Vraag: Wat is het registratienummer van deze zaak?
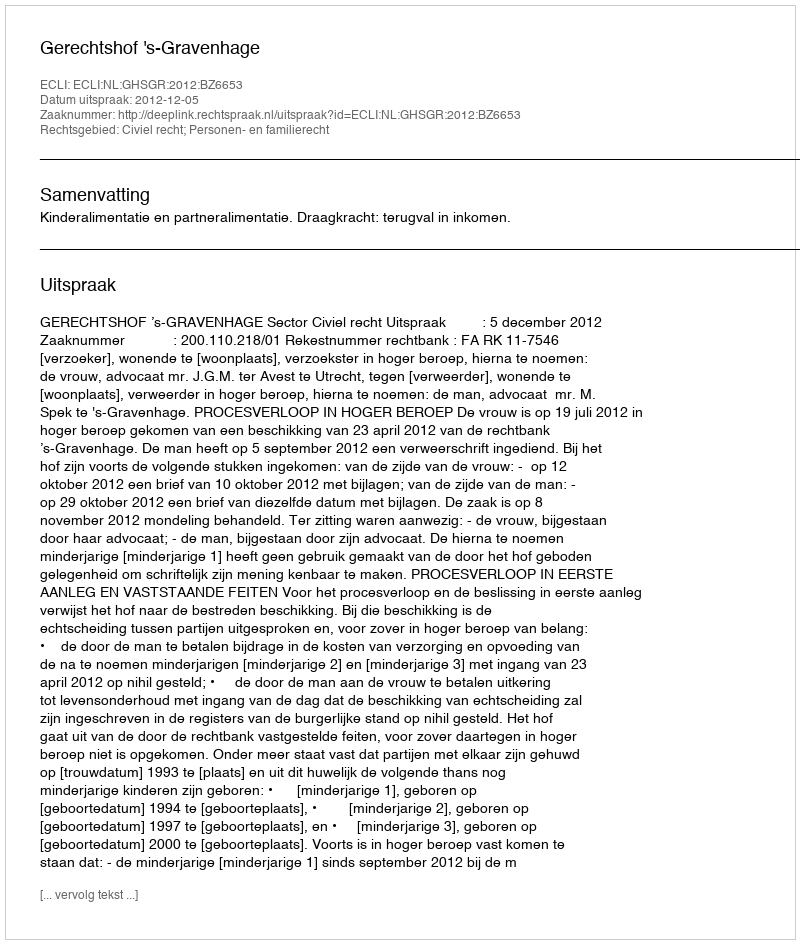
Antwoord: http://deeplink.rechtspraak.nl/uitspraak?id=ECLI:NL:GHSGR:2012:BZ6653